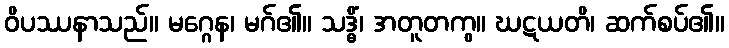
ဝိပဿနာသည်။ မဂ္ဂေန၊ မဂ်၏။ သဒ္ဓိံ၊ အတူတကွ။ ဃဋယတိ၊ ဆက်စပ်၏။